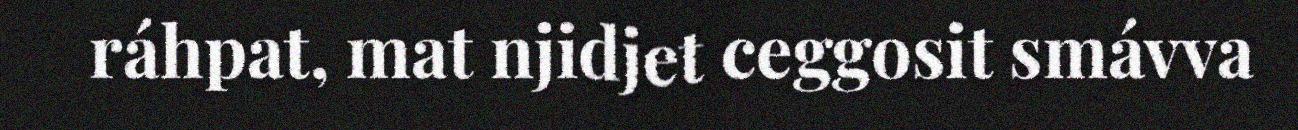
ráhpat, mat njidjet ceggosit smávva